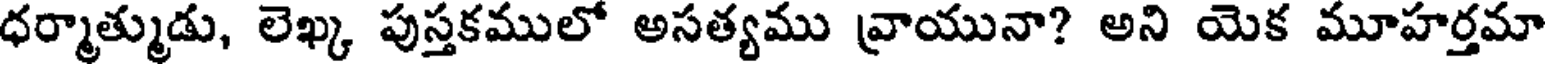
ధర్మాత్ముడు, లెఖ్క పుస్తకములో అసత్యము వ్రాయునా? అని యెక మూహర్తమా